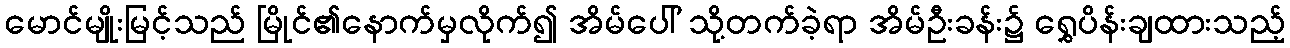
မောင်မျိုးမြင့်သည် မြိုင်၏နောက်မှလိုက်၍ အိမ်ပေါ် သို့တက်ခဲ့ရာ အိမ်ဦးခန်း၌ ရွှေပိန်းချထားသည့်